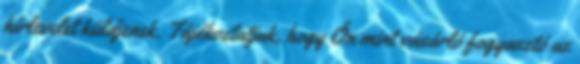
hírlevelet küldjenek. Tájékoztatjuk, hogy Ön mint vásárló fogyasztó az